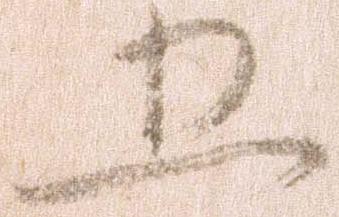
五